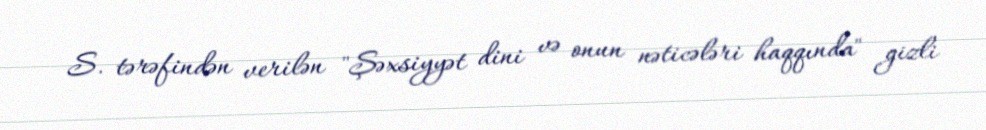
S. tərəfindən verilən "Şəxsiyyət dini və onun nəticələri haqqında" gizli